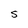
Character: S